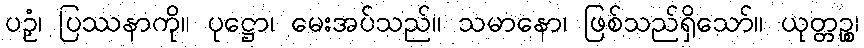
ပဉှံ၊ ပြဿနာကို။ ပုဋ္ဌော၊ မေးအပ်သည်။ သမာနော၊ ဖြစ်သည်ရှိသော်။ ယုတ္တဉ္စ၊